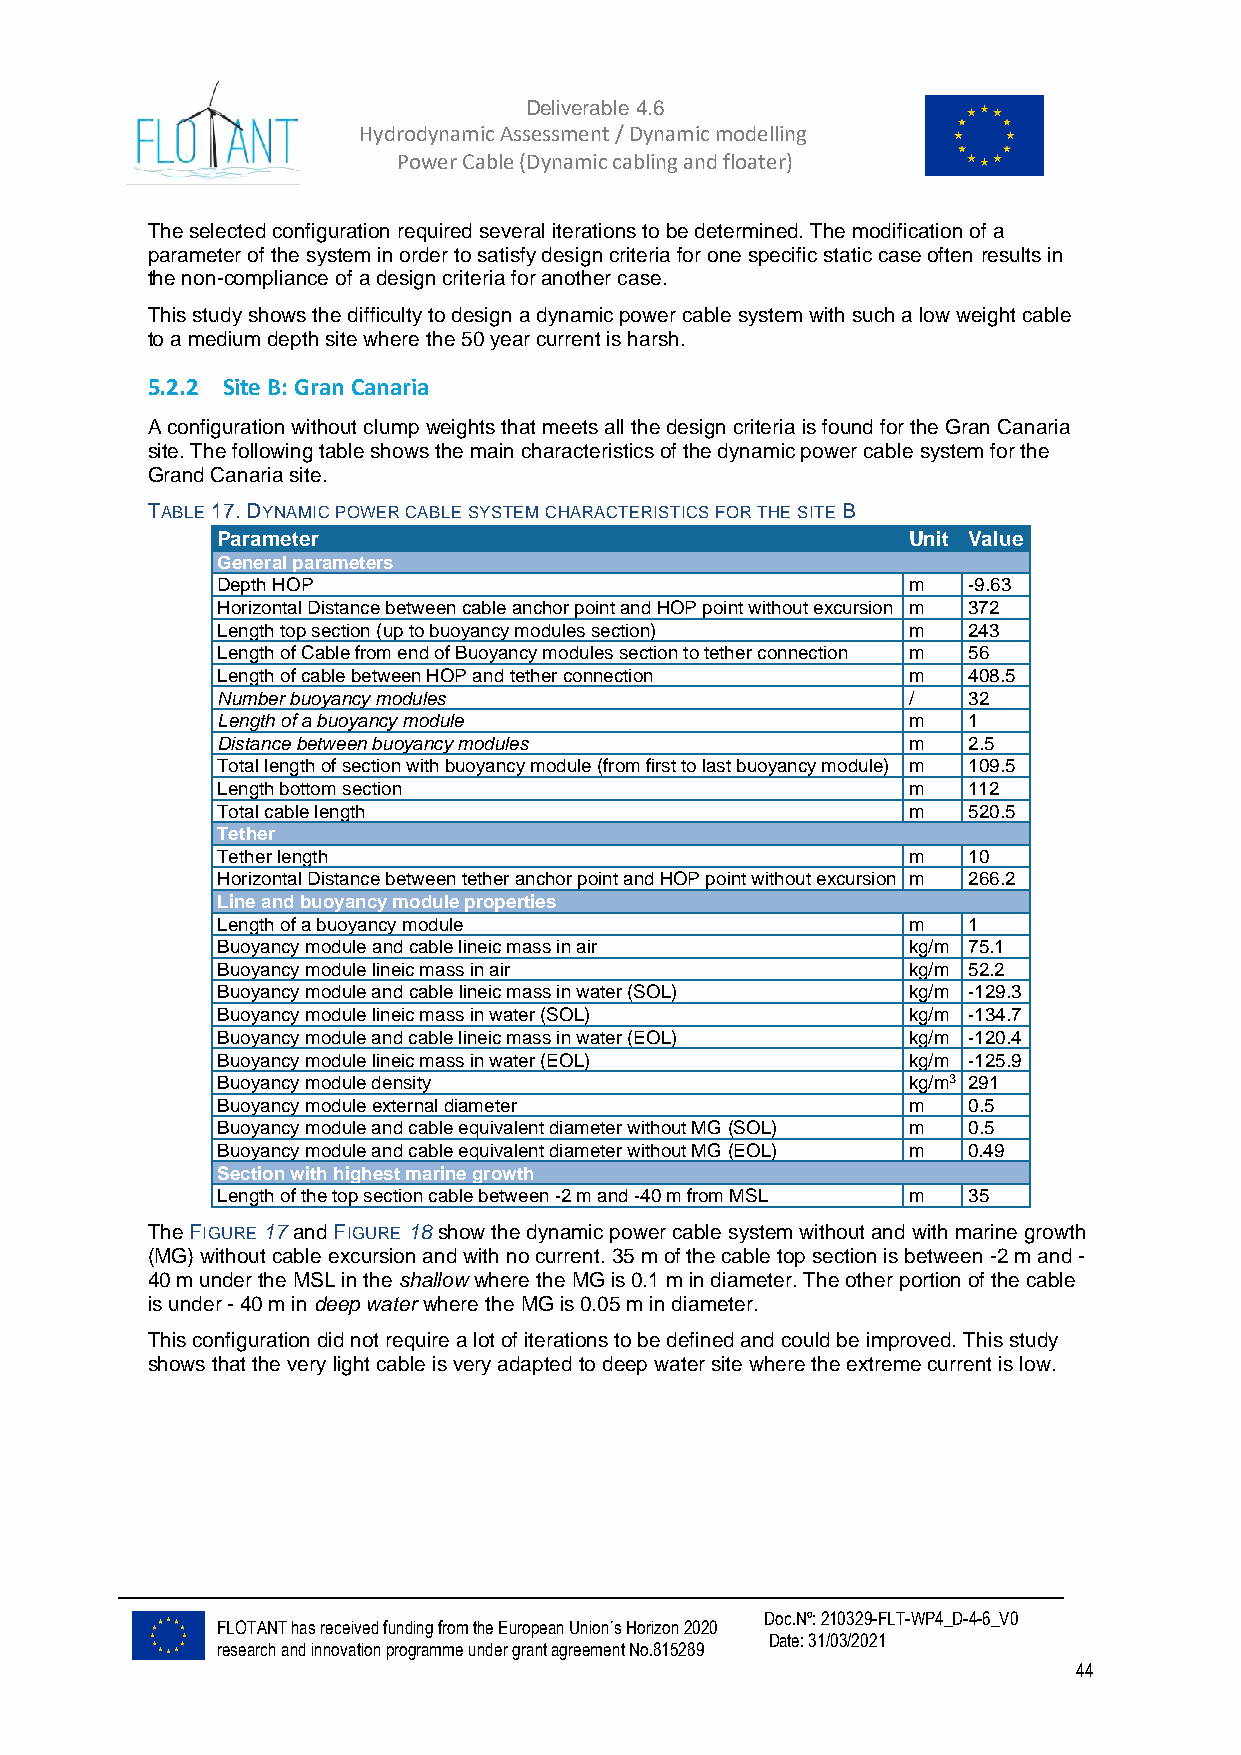
Deliverable 4.6
 Hydrodynamic Assessment / Dynamic modelling of
 Power Cable (Dynamic cabling and floater)
 The selected configuration required several iterations to be determined. The modification of a
 parameter of the system in order to satisfy design criteria for one specific static case often results in
 the non-compliance of a design criteria for another case.
 This study shows the difficulty to design a dynamic power cable system with such a low weight cable
 to a medium depth site where the 50 year current is harsh.
 5.2.2 Site B: Gran Canaria
 A configuration without clump weights that meets all the design criteria is found for the Gran Canaria
 site. The following table shows the main characteristics of the dynamic power cable system for the
 Grand Canaria site.
 TABLE 17. DYNAMIC POWER CABLE SYSTEM CHARACTERISTICS FOR THE SITE B
 Parameter                                     Unit Value
 General parameters
 Depth HOP                                     m   -9.63
 Horizontal Distance between cable anchor point and HOP point without excursion m 372
 Length top section (up to buoyancy modules section) m 243
 Length of Cable from end of Buoyancy modules section to tether connection m 56
 Length of cable between HOP and tether connection m 408.5
 Number buoyancy modules                       /   32
 Length of a buoyancy module                   m   1
 Distance between buoyancy modules             m   2.5
 Total length of section with buoyancy module (from first to last buoyancy module) m 109.5
 Length bottom section                         m   112
 Total cable length                            m   520.5
 Tether
 Tether length                                 m   10
 Horizontal Distance between tether anchor point and HOP point without excursion m 266.2
 Line and buoyancy module properties
 Length of a buoyancy module                   m   1
 Buoyancy module and cable lineic mass in air  kg/m 75.1
 Buoyancy module lineic mass in air            kg/m 52.2
 Buoyancy module and cable lineic mass in water (SOL) kg/m -129.3
 Buoyancy module lineic mass in water (SOL)    kg/m -134.7
 Buoyancy module and cable lineic mass in water (EOL) kg/m -120.4
 Buoyancy module lineic mass in water (EOL)    kg/m -125.9
 Buoyancy module density                       kg/m3 291
 Buoyancy module external diameter             m   0.5
 Buoyancy module and cable equivalent diameter without MG (SOL) m 0.5
 Buoyancy module and cable equivalent diameter without MG (EOL) m 0.49
 Section with highest marine growth
 Length of the top section cable between -2 m and -40 m from MSL m 35
 The FIGURE 17 and FIGURE 18 show the dynamic power cable system without and with marine growth
 (MG) without cable excursion and with no current. 35 m of the cable top section is between -2 m and -
 40 m under the MSL in the shallow where the MG is 0.1 m in diameter. The other portion of the cable
 is under - 40 m in deep water where the MG is 0.05 m in diameter.
 This configuration did not require a lot of iterations to be defined and could be improved. This study
 shows that the very light cable is very adapted to deep water site where the extreme current is low.
 Doc.Nº: 210329-FLT-WP4_D-4-6_V0
 FLOTANT has received funding from the European Union´s Horizon 2020
 Date: 31/03/2021
 research and innovation programme under grant agreement No.815289
 44